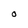
Character: O